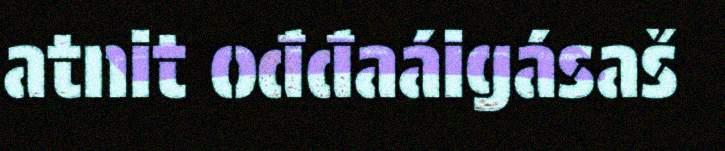
atnit ođđaáigásaš